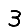
Digit: 3